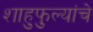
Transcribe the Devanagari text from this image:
शाहुफुल्यांचे